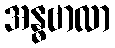
အန္ဓဗာလာ